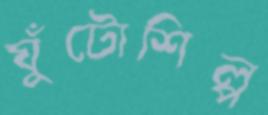
ঘুঁটোশিল্প